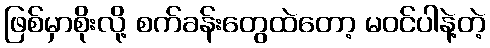
ဖြစ်မှာစိုးလို့ စက်ခန်းတွေထဲတော့ မဝင်ပါနဲ့တဲ့